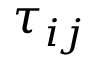
\tau _ { i j }